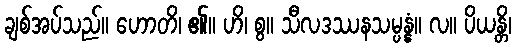
ချစ်အပ်သည်။ ဟောတိ၊ ၏။ ဟိ၊ စွ။ သီလဒဿနသမ္ပန္နံ။ လ။ ပိယန္တိ၊